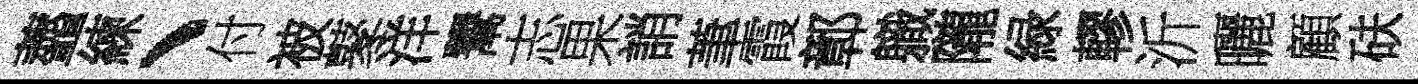
虀練、付被鼕洋鬻志果誚茟霞鄣軄隴緑轇沂曬顧砆